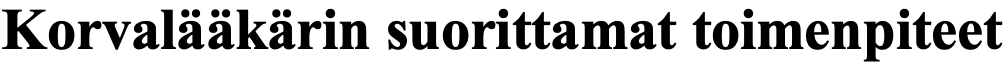
Korvalääkärin suorittamat toimenpiteet